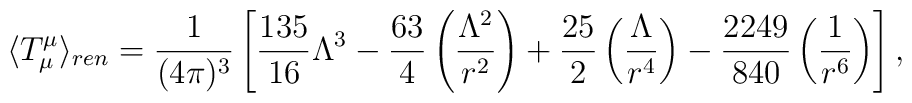
\langle T^{\mu}_{\mu}\rangle_{ren}=\frac{1}{(4\pi)^{3}}\left[\frac{135}{16}\Lambda^{3}-\frac{63}{4}\left(\frac{\Lambda^{2}}{r^{2}}\right)+\frac{25}{2}\left(\frac{\Lambda}{r^{4}}\right)-\frac{2249}{840}\left(\frac{1}{r^{6}}\right)\right],